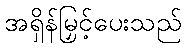
အရှိန်မြှင့်ပေးသည်